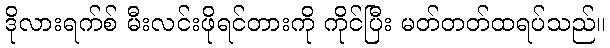
ဒိုလားရက်စ် မီးလင်းဖိုရင်တားကို ကိုင်ပြီး မတ်တတ်ထရပ်သည်။